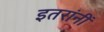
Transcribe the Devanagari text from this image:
इतरांनीं